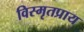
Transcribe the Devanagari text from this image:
विस्मृतप्राय